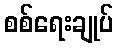
စစ်ရေးချုပ်